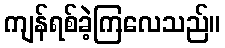
ကျန်ရစ်ခဲ့ကြလေသည်။